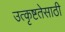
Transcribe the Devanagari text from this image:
उत्कृष्टतेसाठी